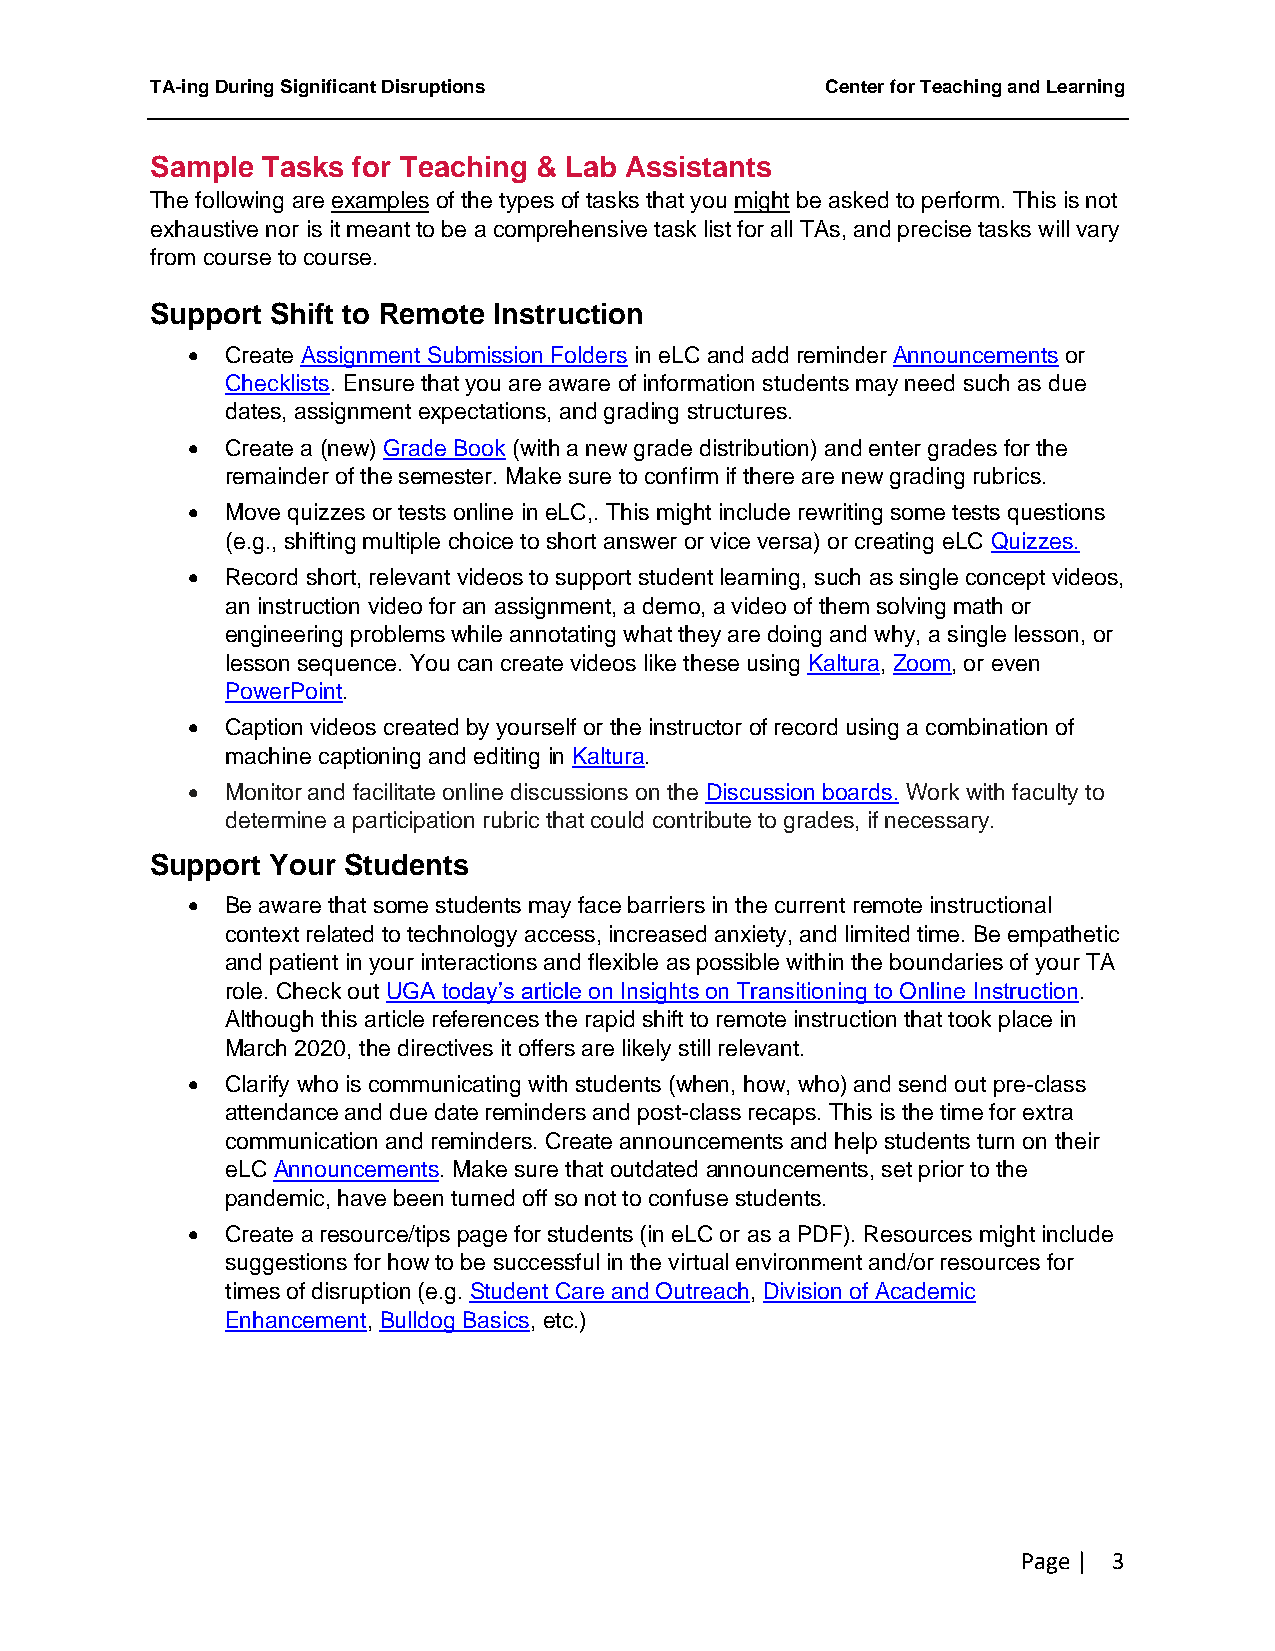
TA-ing During Significant Disruptions        Center for Teaching and Learning
 Sample Tasks for Teaching & Lab Assistants
 The following are examples of the types of tasks that you might be asked to perform. This is not
 exhaustive nor is it meant to be a comprehensive task list for all TAs, and precise tasks will vary
 from course to course.
 Support Shift to Remote Instruction
 •  Create Assignment Submission Folders in eLC and add reminder Announcements or
 Checklists. Ensure that you are aware of information students may need such as due
 dates, assignment expectations, and grading structures.
 •  Create a (new) Grade Book (with a new grade distribution) and enter grades for the
 remainder of the semester. Make sure to confirm if there are new grading rubrics.
 •  Move quizzes or tests online in eLC,. This might include rewriting some tests questions
 (e.g., shifting multiple choice to short answer or vice versa) or creating eLC Quizzes.
 •  Record short, relevant videos to support student learning, such as single concept videos,
 an instruction video for an assignment, a demo, a video of them solving math or
 engineering problems while annotating what they are doing and why, a single lesson, or
 lesson sequence. You can create videos like these using Kaltura, Zoom, or even
 PowerPoint.
 •  Caption videos created by yourself or the instructor of record using a combination of
 machine captioning and editing in Kaltura.
 •  Monitor and facilitate online discussions on the Discussion boards. Work with faculty to
 determine a participation rubric that could contribute to grades, if necessary.
 Support Your Students
 •  Be aware that some students may face barriers in the current remote instructional
 context related to technology access, increased anxiety, and limited time. Be empathetic
 and patient in your interactions and flexible as possible within the boundaries of your TA
 role. Check out UGA today’s article on Insights on Transitioning to Online Instruction.
 Although this article references the rapid shift to remote instruction that took place in
 March 2020, the directives it offers are likely still relevant.
 •  Clarify who is communicating with students (when, how, who) and send out pre-class
 attendance and due date reminders and post-class recaps. This is the time for extra
 communication and reminders. Create announcements and help students turn on their
 eLC Announcements. Make sure that outdated announcements, set prior to the
 pandemic, have been turned off so not to confuse students.
 •  Create a resource/tips page for students (in eLC or as a PDF). Resources might include
 suggestions for how to be successful in the virtual environment and/or resources for
 times of disruption (e.g. Student Care and Outreach, Division of Academic
 Enhancement, Bulldog Basics, etc.)
 Page | 3